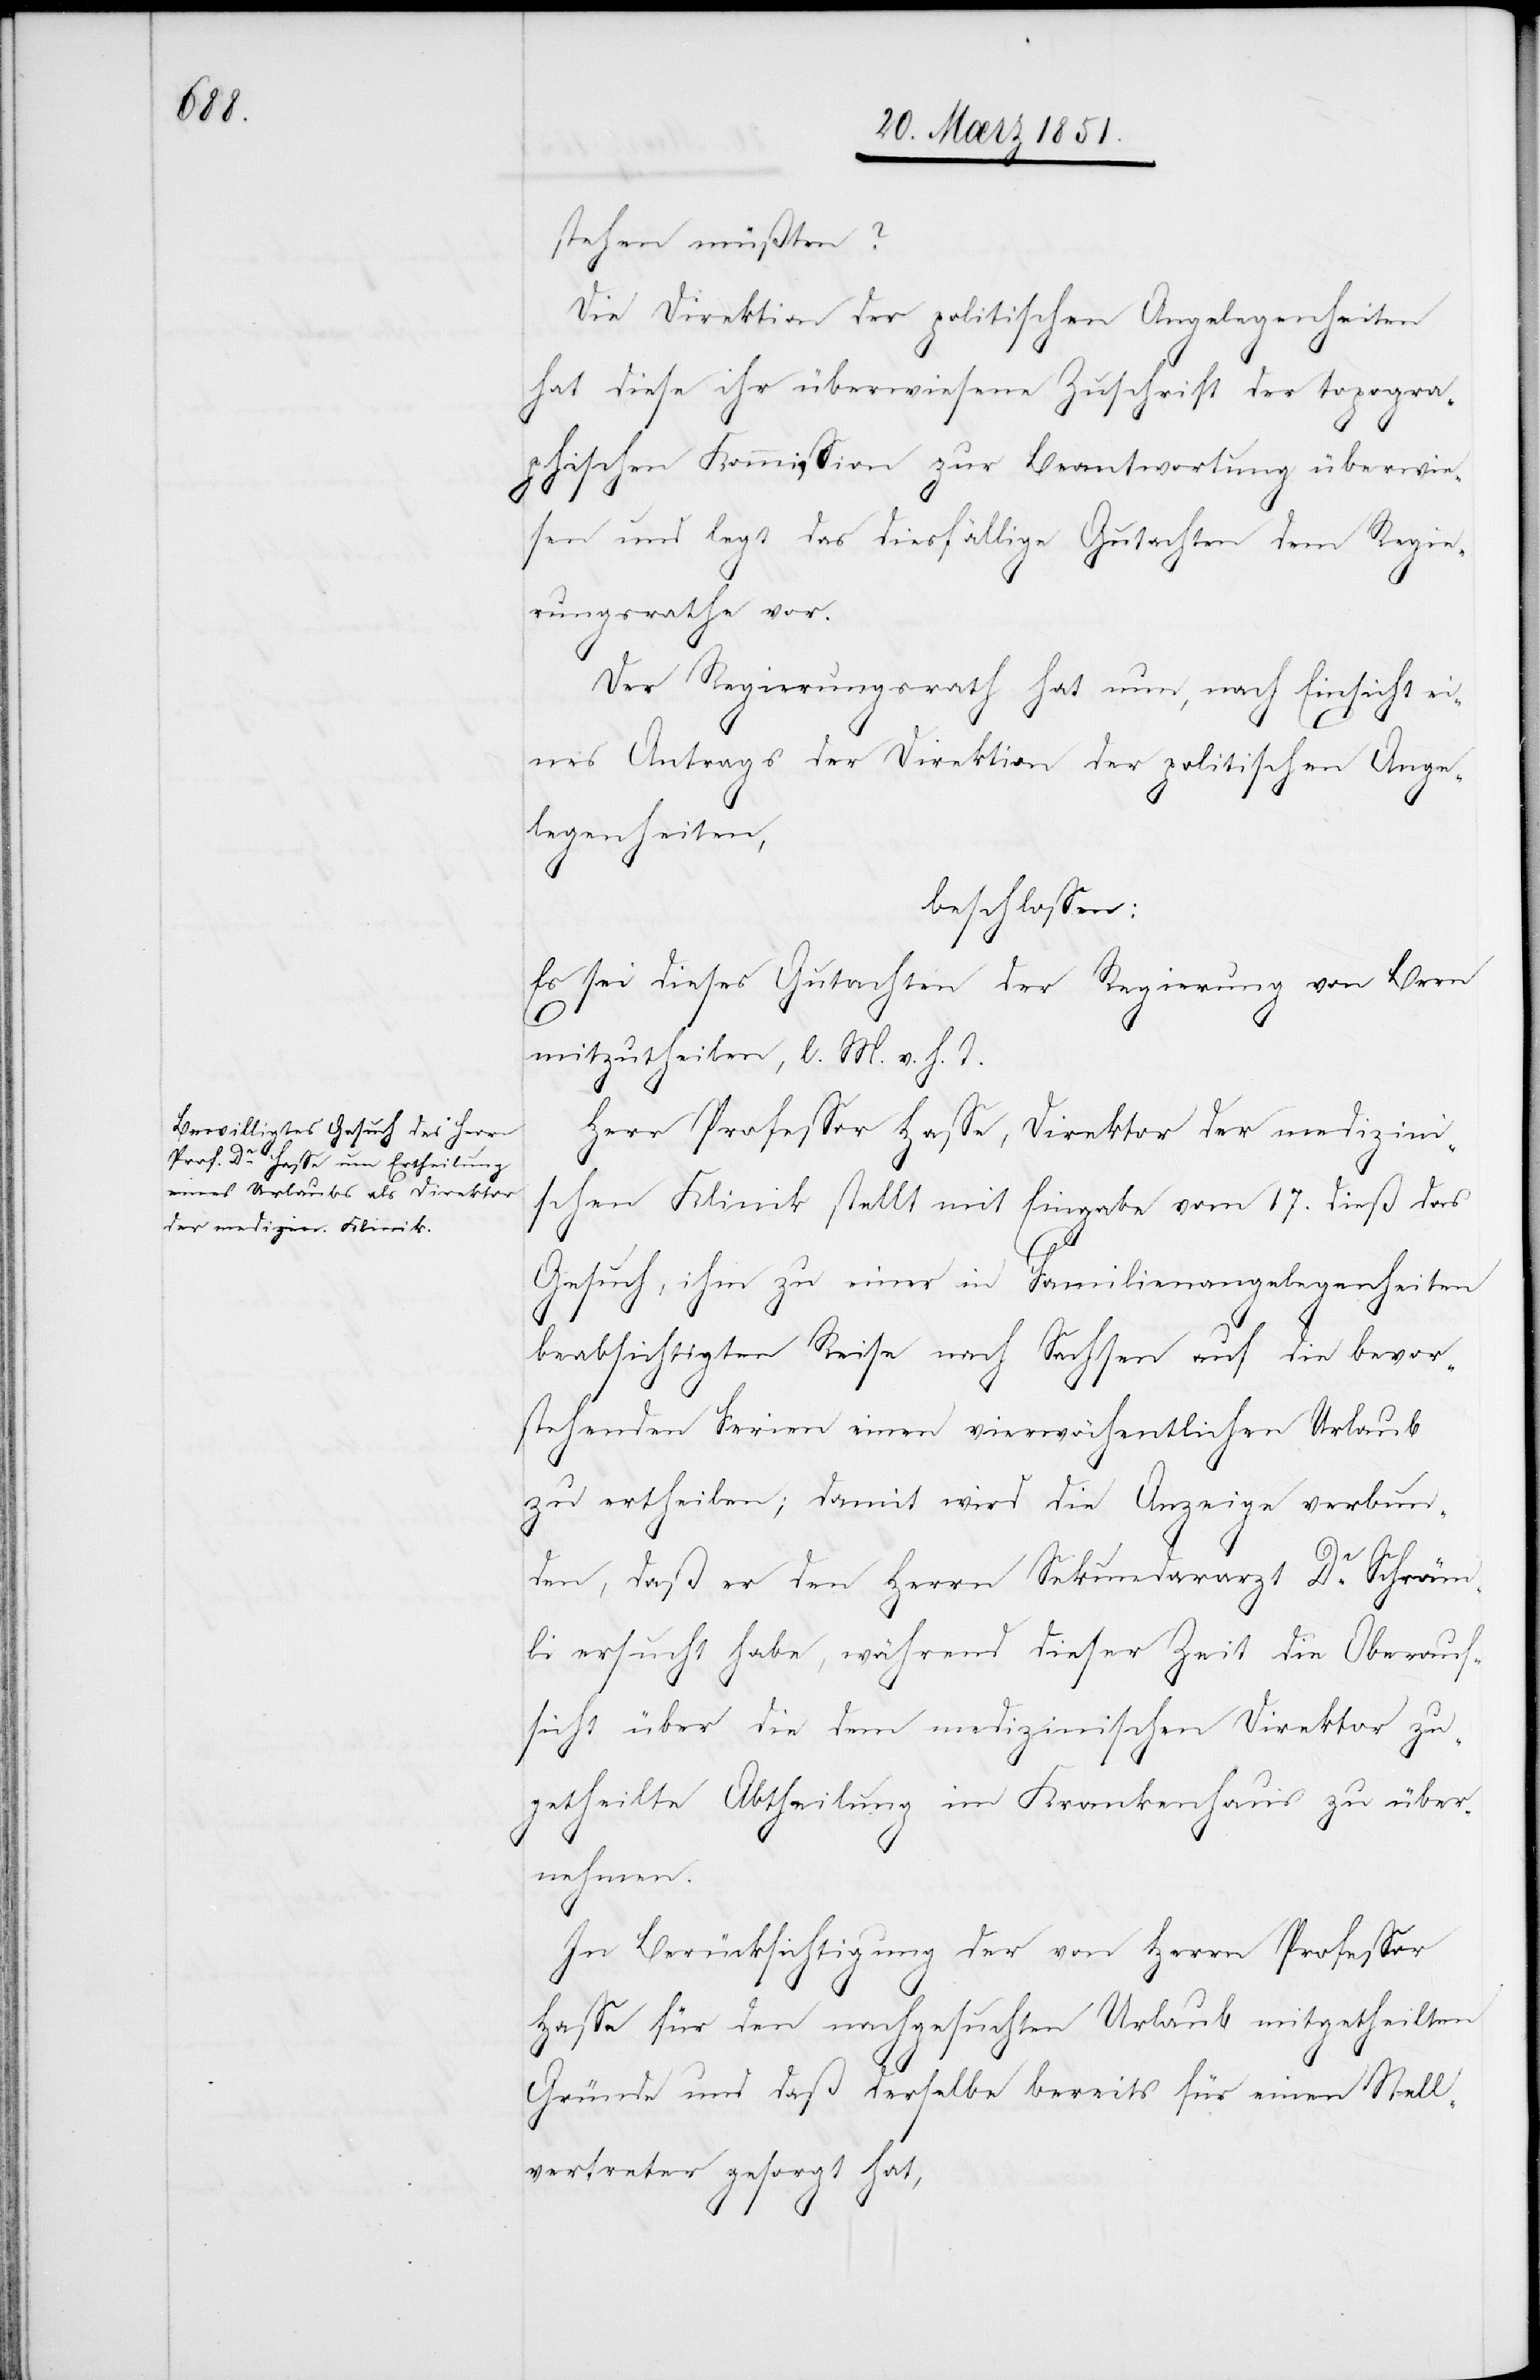
stehen müßten?
Die Direktion der politischen Angelegenheiten
hat diese ihr überwiesene Zuschrift der topogra¬
phischen Kommission zur Beantwortung überwie¬
sen und legt das diesfällige Gutachten dem Regie¬
rungsrathe vor.
Der Regierungsrath hat nun, nach Einsicht ei¬
nes Antrags der Direktion der politischen Ange¬
legenheiten,
beschlossen:
Es sei dieses Gutachten der Regierung von Bern
mitzutheilen, l. M. v. h. T.
Herr Professor Hasse, Direktor der medizin¬
ischen Klinik stellt mit Eingabe vom 17. dieß das
Gesuch, ihm zu einer in Familienangelegenheiten
beabsichtigten Reise nach Sachsen auf die bevor¬
stehenden Ferien einen vierwöchentlichen Urlaub
zu ertheilen; damit wird die Anzeige verbun¬
den, daß er den Herrn Sekundararzt Dr. Schräm¬
li ersucht habe, während dieser Zeit die Oberauf¬
sicht über die dem medizinischen Direktor zu¬
getheilte Abtheilung im Krankenhaus zu über¬
nehmen.
In Berücksichtigung der von Herrn Professor
Hasse für den nachgesuchten Urlaub mitgetheilten
Gründe und daß derselbe bereits für einen Stell¬
vertreter gesorgt hat,